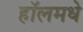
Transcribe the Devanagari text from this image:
हॉलमधे